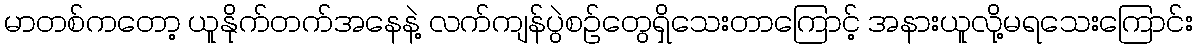
မာတစ်ကတော့ ယူနိုက်တက်အနေနဲ့ လက်ကျန်ပွဲစဉ်တွေရှိသေးတာကြောင့် အနားယူလို့မရသေးကြောင်း